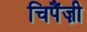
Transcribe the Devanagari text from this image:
चिपैंज़ी